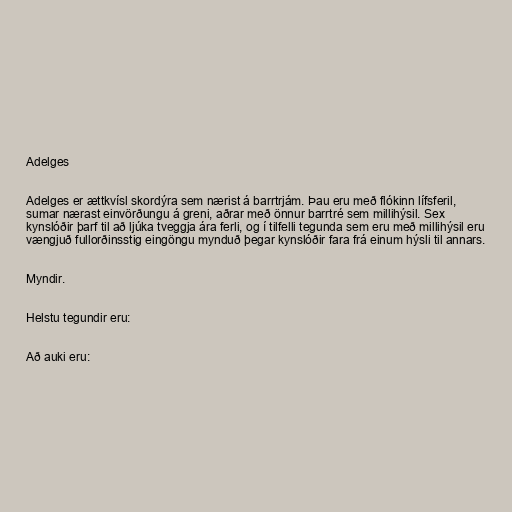
Adelges

Adelges er ættkvísl skordýra sem nærist á barrtrjám. Þau eru með flókinn lífsferil,
sumar nærast einvörðungu á greni, aðrar með önnur barrtré sem millihýsil. Sex
kynslóðir þarf til að ljúka tveggja ára ferli, og í tilfelli tegunda sem eru með millihýsil eru
vængjuð fullorðinsstig eingöngu mynduð þegar kynslóðir fara frá einum hýsli til annars.

Myndir.

Helstu tegundir eru:

Að auki eru: